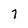
Character: 7